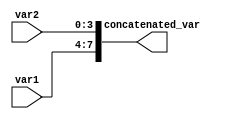
module concatenation_example(
    input [3:0] var1,
    input [3:0] var2,
    output reg [7:0] concatenated_var
);

always @* begin
    concatenated_var = {var1, var2}; // concatenating var1 and var2 into concatenated_var
end

endmodule